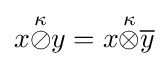
x{\stackrel {\kappa }{\oslash }}y=x{\stackrel {\kappa }{\otimes }}{\overline {y}}